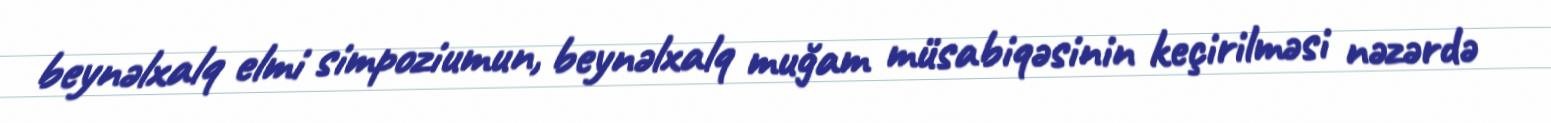
beynəlxalq elmi simpoziumun, beynəlxalq muğam müsabiqəsinin keçirilməsi nəzərdə